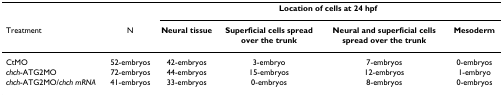
|  |  | <COLSPAN=4> Location of cells at 24 hpf |
 | Treatment | N | Neural tissue | Superficial cells spread over the trunk | Neural and superficial cells spread over the trunk | Mesoderm |
 | --- | --- | --- | --- | --- | --- |
 | CtMO | 52-embryos | 42-embryos | 3-embryo | 7-embryos | 0-embryos |
 | chch-ATG2MO | 72-embryos | 44-embryos | 15-embryos | 12-embryos | 1-embryo |
 | chch-ATG2MO/chch mRNA | 41-embryos | 33-embryos | 0-embryos | 8-embryos | 0-embryos |